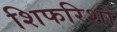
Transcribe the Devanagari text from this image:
शिफरिशों